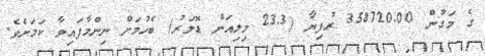
ގެ މަގުން 358720.00 ރުފިޔާ (23.3 މިލިއަން ޑޮލަރު) ބެހުމަށް ނިންމާފައިވާ ކަމަށެވެ.